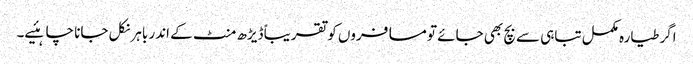
اگر طیارہ مکمل تباہی سے بچ بھی جائے تو مسافروں کو تقریباً ڈیڑھ منٹ کے اندر باہر نکل جانا چاہئیے۔